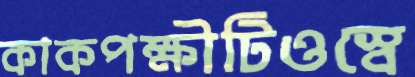
কাকপক্ষীটিওস্বে